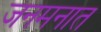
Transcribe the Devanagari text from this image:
जनमनात